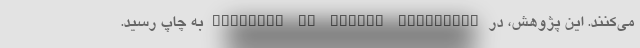
می‌کنند. این پژوهش، در "Journal of Sexual Medicine" به چاپ رسید.